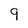
Character: 9